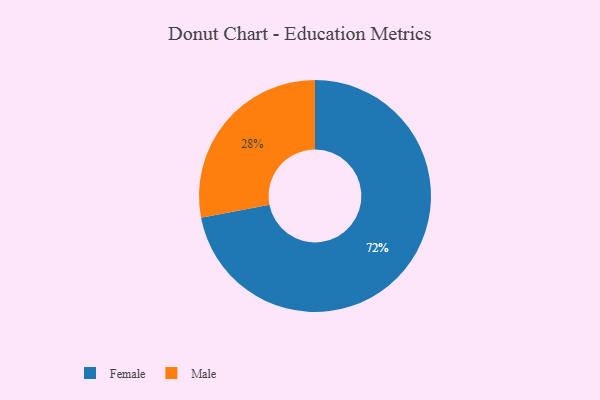
{"axis": {"x": "Category", "y": "Percentage"}, "legend": ["Female", "Male"], "data": [{"x": "Male", "y": 28, "type": "Male"}, {"x": "Female", "y": 72, "type": "Female"}]}